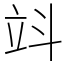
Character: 䇆